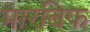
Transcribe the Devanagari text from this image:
मारबिफ